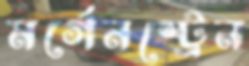
মর্গেনস্ট্রেন